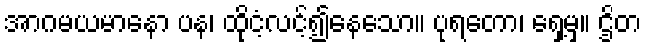
အာဂမယမာနော ပန၊ ထိုငံ့လင့်၍နေသော။ ပုရတော၊ ရှေ့မှ။ ဌိတ